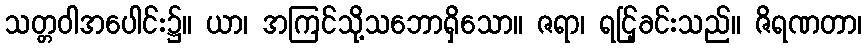
သတ္တဝါအပေါင်း၌။ ယာ၊ အကြင်သို့သဘောရှိသော။ ဇရာ၊ ရင်ြ့ခင်းသည်။ ဇိရဏတာ၊